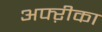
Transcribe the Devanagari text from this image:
अफ्ऱीका